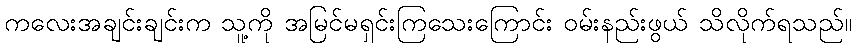
ကလေးအချင်းချင်းက သူ့ကို အမြင်မရှင်းကြသေးကြောင်း ဝမ်းနည်းဖွယ် သိလိုက်ရသည်။